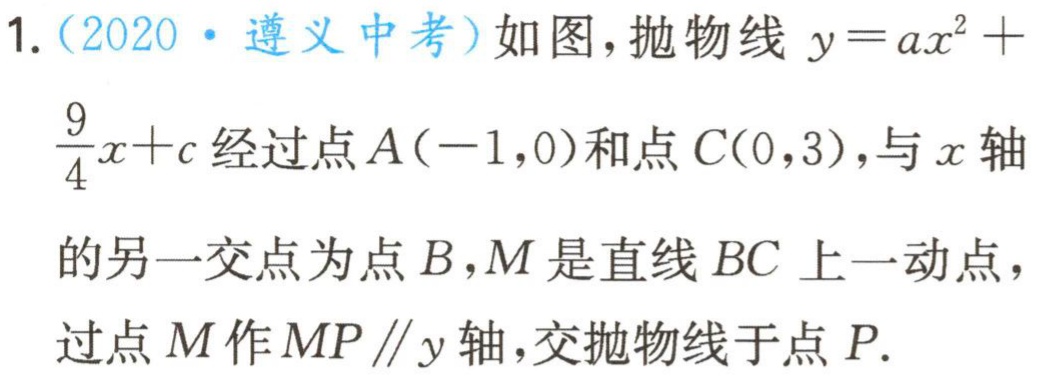
1.（2020·遵义中考）如图，抛物线\(y = ax^{2}+\frac{9}{4}x + c\)经过点\(A(-1,0)\)和点\(C(0,3)\)，与\(x\)轴的另一交点为点\(B\)，\(M\)是直线\(BC\)上一动点，过点\(M\)作\(MP\parallel y\)轴，交抛物线于点\(P\).